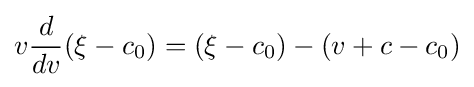
v{\frac {d}{dv}}(\xi -c_{0})=(\xi -c_{0})-(v+c-c_{0})